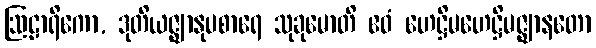
ဩဠာရိကော, ဒုတိယဇ္ဈာနုပစာရေ သုခုမောတိ ဧဝံ ဟေဋ္ဌိမဟေဋ္ဌိမဇ္ဈာနတော